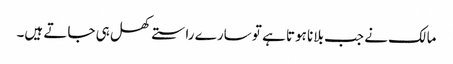
مالک نے جب بلانا ہوتا ہے تو سارے راستے کھل ہی جاتے ہیں۔